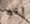
إنه